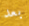
بعد